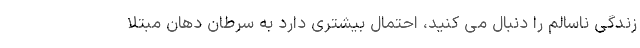
زندگی ناسالم را دنبال می کنید، احتمال بیشتری دارد به سرطان دهان مبتلا